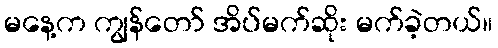
မနေ့က ကျွန်တော် အိပ်မက်ဆိုး မက်ခဲ့တယ်။